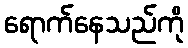
ရောက်နေသည်ကို